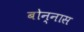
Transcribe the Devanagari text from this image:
बोन्नास